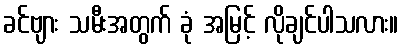
ခင်ဗျား သမီးအတွက် ခုံ အမြင့် လိုချင်ပါသလား။